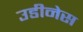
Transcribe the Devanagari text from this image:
उडीनेस